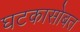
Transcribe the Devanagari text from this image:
घटकासोबत